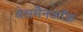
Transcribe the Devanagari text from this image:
बेसमैनऑफ़